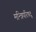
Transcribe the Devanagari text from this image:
मन्त्रिपरिषद्‍